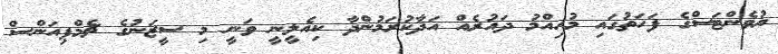
ޔުވެންޓަސްގެ ފަހަތުގައި މުހިއްމު ދައުރެއް އަދާކުރަމުންދާ ކިއެލީނީ ވަނީ މި ސީޒަނުގެ ޗެމްޕިއަންސް